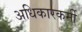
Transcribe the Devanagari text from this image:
अधिकारकर्मी